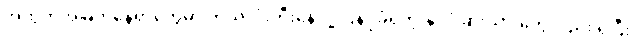
အထွတ်အမြတ်နေရာတွေမှာ ကိုယ်လုံးတီးနေလို့ ပြန်ပို့ခံရတဲ့ နိုင်ငံခြားသားတွေလည်း ရှိပြီး